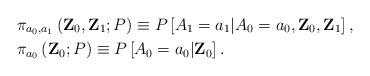
LaTeX: \begin{align*} & \pi_{a_{0},a_{1}}\left( \mathbf{Z}_{0},\mathbf{Z}_{1};P\right) \equiv P\left[A_{1}=a_{1}|A_{0}=a_{0},\mathbf{Z}_{0},\mathbf{Z}_{1}\right], \\&\pi_{a_{0}}\left( \mathbf{Z}_{0};P\right) \equiv P\left[ A_{0}=a_{0}|\mathbf{Z}_{0}\right].\end{align*}